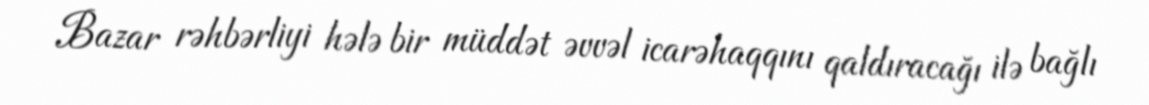
Bazar rəhbərliyi hələ bir müddət əvvəl icarəhaqqını qaldıracağı ilə bağlı